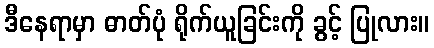
ဒီနေရာမှာ ဓာတ်ပုံ ရိုက်ယူခြင်းကို ခွင့် ပြုလား။